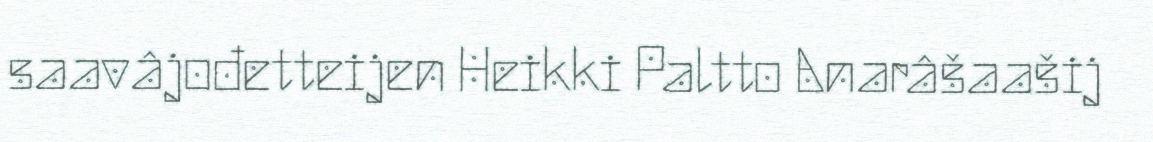
saavâjođetteijen Heikki Paltto Anarâšaašij